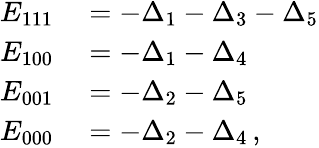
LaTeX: \begin{array}{rl}{E_{111}}&{{}=-\Delta_{1}-\Delta_{3}-\Delta_{5}}\\ {E_{100}}&{{}=-\Delta_{1}-\Delta_{4}}\\ {E_{001}}&{{}=-\Delta_{2}-\Delta_{5}}\\ {E_{000}}&{{}=-\Delta_{2}-\Delta_{4}\, ,}\end{array}